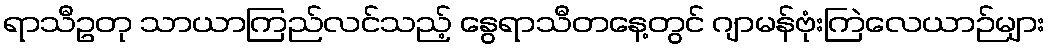
ရာသီဥတု သာယာကြည်လင်သည့် နွေရာသီတနေ့တွင် ဂျာမန်ဗုံးကြဲလေယာဉ်များ